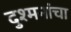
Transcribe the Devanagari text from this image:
दुश्मनांचा